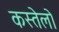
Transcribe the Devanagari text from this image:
कस्तेलो